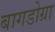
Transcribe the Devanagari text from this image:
बागडोग्रा